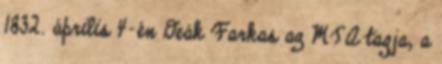
1832. április 4-én Deák Farkas az MTA tagja, a